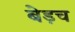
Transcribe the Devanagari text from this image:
बेड़च